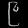
Digit: ၉